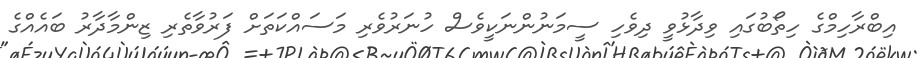
އިބްރާހިމްގެ ހިތޯބުގައި ވިދާޅުވީ ދިވެހި ސީމަނުންނަކީވެސް ހުނަރުވެރި މަސައްކަތަށް ފަރުވާތެރި ޒިންމާދާރު ބައެއްގެ